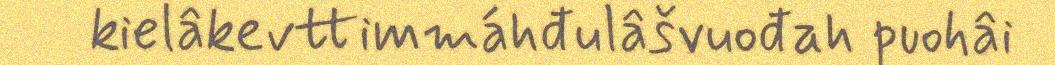
kielâkevttimmáhđulâšvuođah puohâi